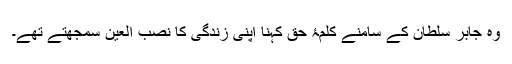
وہ جابر سلطان کے سامنے کلمۂ حق کہنا اپنی زندگی کا نصب العین سمجھتے تھے۔